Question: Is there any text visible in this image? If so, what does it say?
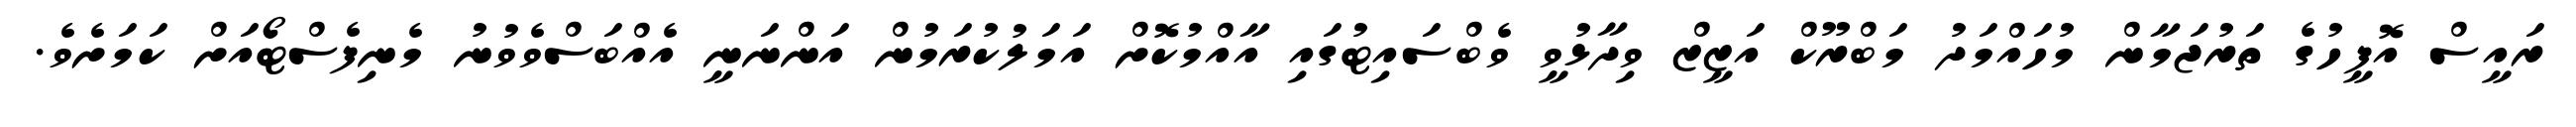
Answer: ރައީސް އޮފީހުގެ ތަރުޖަމާން މުހައްމަދު މަބްރޫކް އަޒީޒް ވިދާޅުވީ ވެބްސައިޓުގައި އާއްމުކޮށް އަމަލުކުރަމުން އަންނަނީ އެއްބަސްވެވުނު މެނިފެސްޓޯއަށް ކަމަށެވެ.